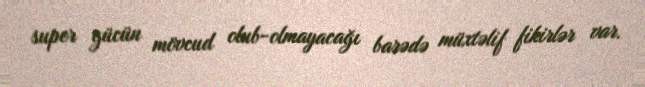
super gücün mövcud olub-olmayacağı barədə müxtəlif fikirlər var.